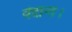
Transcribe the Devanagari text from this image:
वेदान्त।